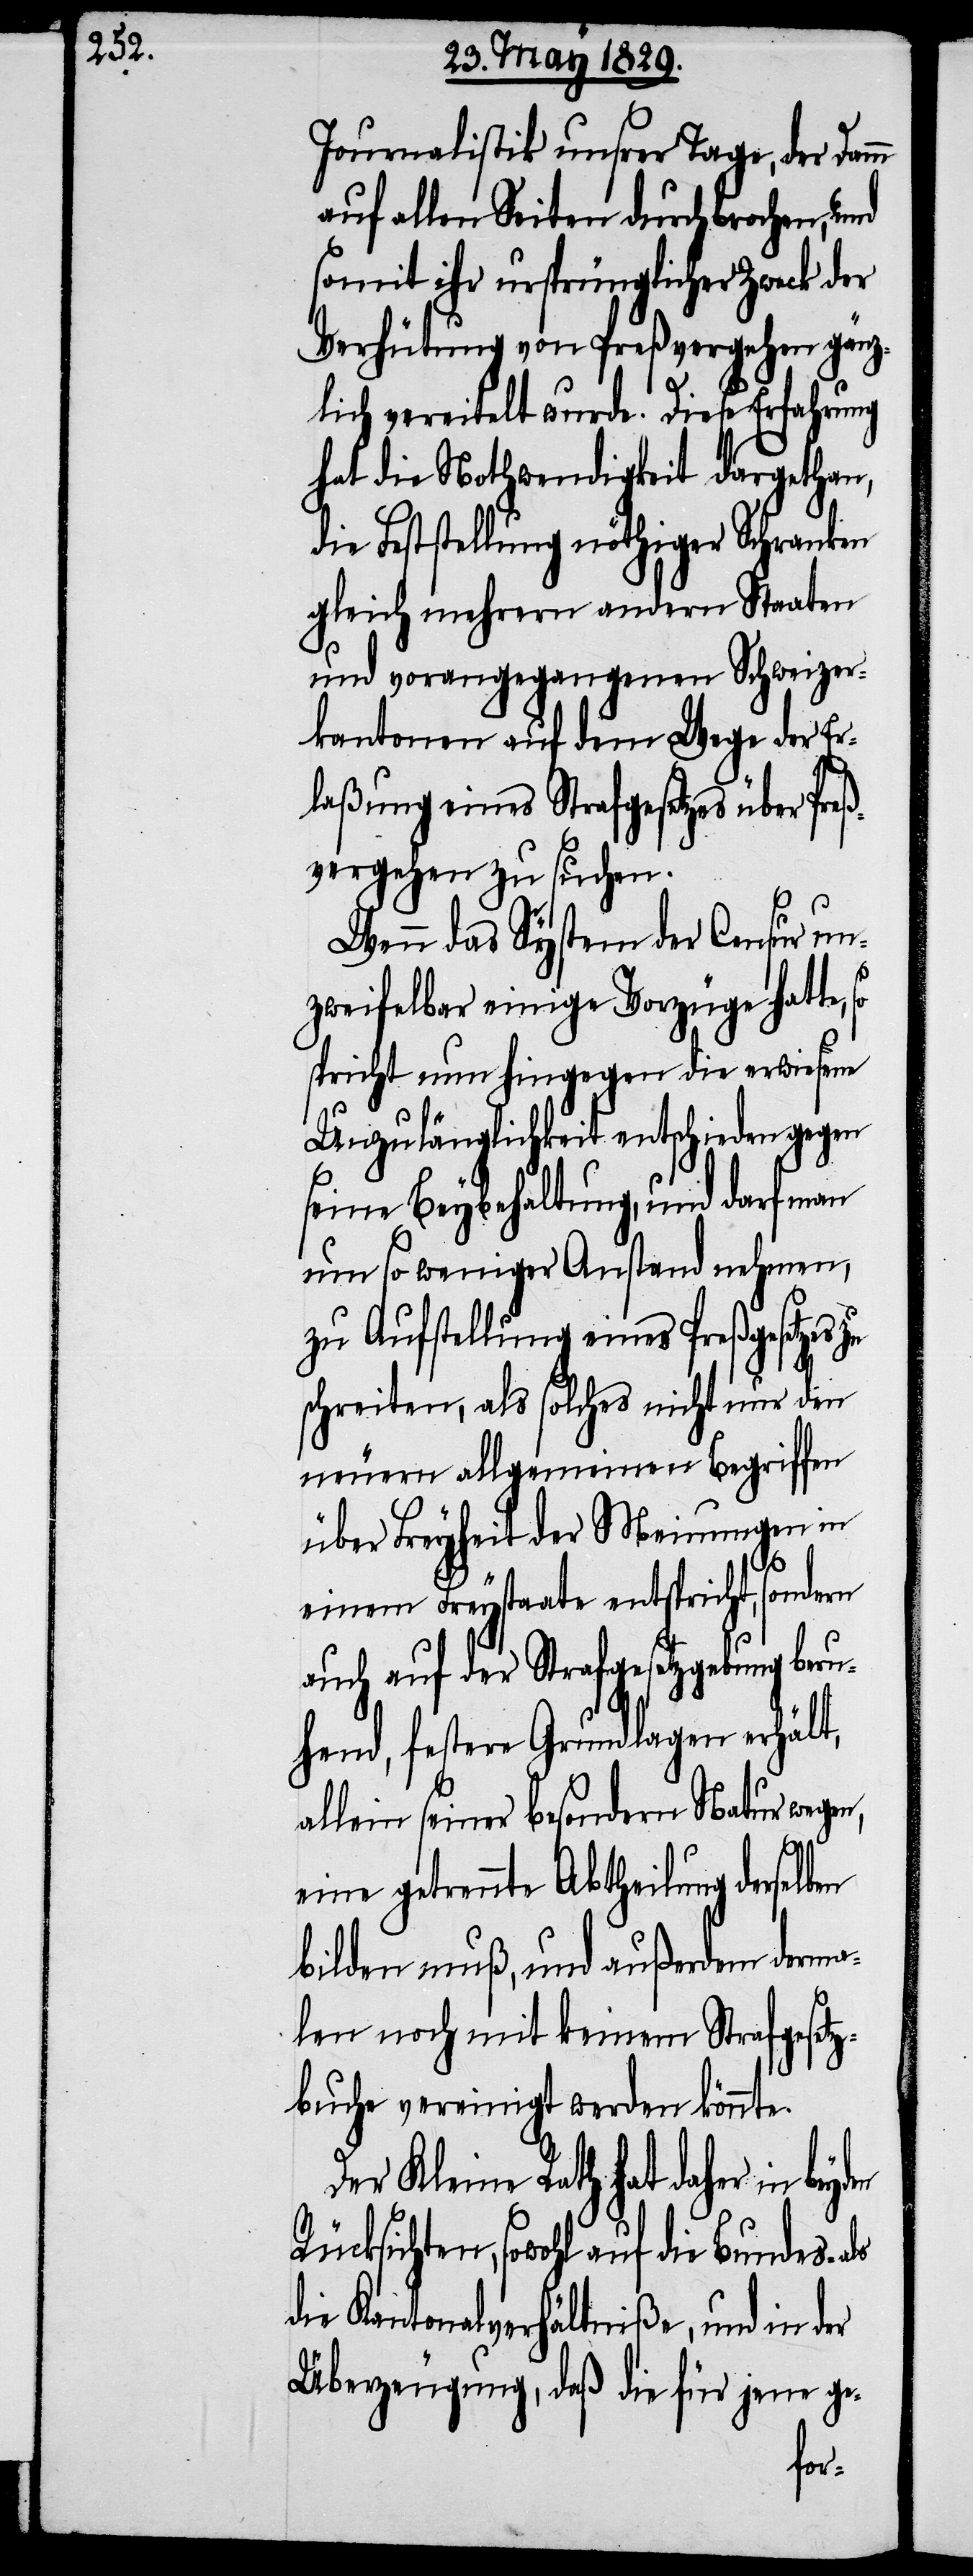
Journalistik unsrer Tage, der Damm
auf alle Seiten durchbrochen, und
somit ihr ursprünglicher Zweck der
Verhütung von Preßvergehen gänz¬
lich vereitelt wurde. Diese Erfahrung
hat die Nothwendigkeit dargethan,
die Feststellung nöthiger Schranken
gleich mehrern andern Staaten
und vorangegangenen Schweizer¬
kantonen auf dem Wege der Er¬
laßung eines Strafgesetzes über Preß¬
vergehen zu suchen.
Wenn das System der Censur un¬
zweifelbar einige Vorzüge hatte,
spricht nun hingegen die erwiesene
Unzulänglichkeit entschieden gegen
seine Beybehaltung, und darf man
um so weniger Anstand nehmen,
zu Aufstellung eines Preßgesetzes
schreiten, als solches nicht nur den
neuern allgemeinen Begriffen
über Freyheit der Meinungen in
einem Freystaate entspricht, sondern
auch auf der Strafgesetzgebung beru¬
hend, festere Grundlagen erhält,
allein seiner besondern Natur wegen,
eine getrennte Abtheilung derselben
bilden muß, und außerdem derma¬
len noch mit keinem Strafgesetz¬
buche vereinigt werden könnte.
Der Kleine Rath hat daher in
Rücksichten, sowohl auf die Bundes-
die Kantonalverhältniße, und in der
Überzeugung, daß die für jene ge-